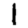
Digit: 1